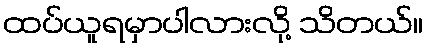
ထပ်ယူရမှာပါလားလို့ သိတယ်။